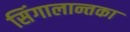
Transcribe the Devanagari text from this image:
सिंगालान्तका